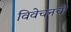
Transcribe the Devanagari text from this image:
विवेचनची